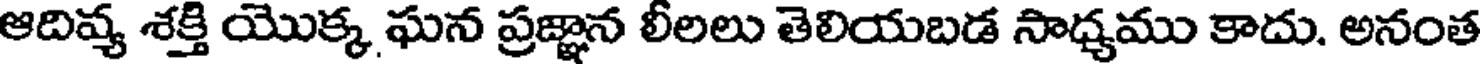
ఆదివ్య శక్తి యొక్క ఘన ప్రజ్ఞాన లీలలు తెలియబడ సాధ్యము కాదు. అనంత